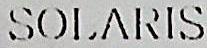
SOLARIS